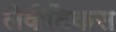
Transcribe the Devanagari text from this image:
लेवीटिकस